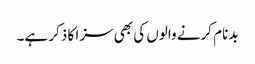
بدنام کرنے والوں کی بھی سزا کا ذکر ہے۔